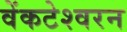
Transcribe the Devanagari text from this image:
वेंकटेश्वरन